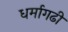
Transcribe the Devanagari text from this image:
धर्मागढी